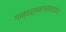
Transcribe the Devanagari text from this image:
गन्धर्वनगरात्तदा॥